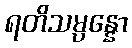
ရတိသမ္ပန္နော